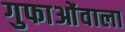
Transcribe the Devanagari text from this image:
गुफाओंवाला